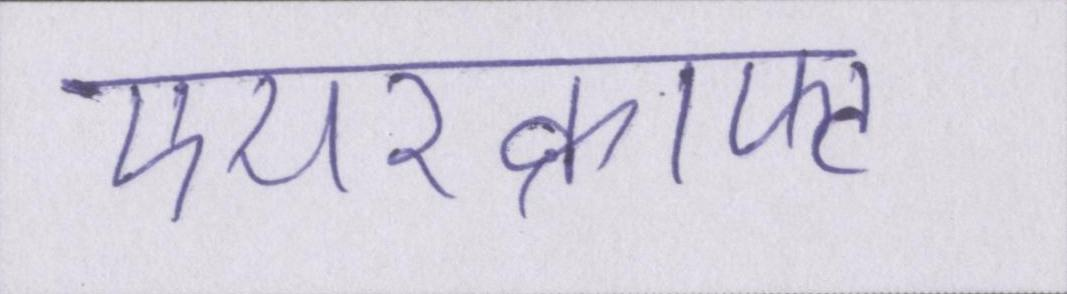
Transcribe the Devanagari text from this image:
एयरक्राफ्ट